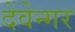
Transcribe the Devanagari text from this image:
देवेन्गर